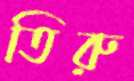
তিরু